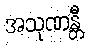
အသုဏန္တီ